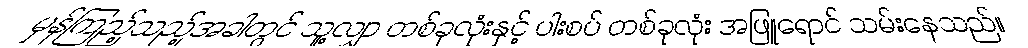
မှန်ကြည့်သည့်အခါတွင် သူ့လျှာ တစ်ခုလုံးနှင့် ပါးစပ် တစ်ခုလုံး အဖြူရောင် သမ်းနေသည်။